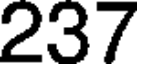
237